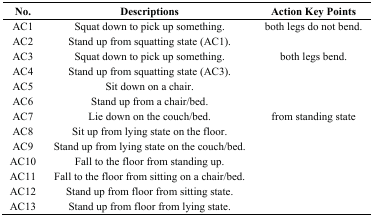
| No. | Descriptions | Action Key Points |
 | --- | --- | --- |
 | AC1 | Squat down to pick up something. | both legs do not bend. |
 | AC2 | Stand up from squatting state (AC1). |  |
 | AC3 | Squat down to pick up something. | both legs bend. |
 | AC4 | Stand up from squatting state (AC3). |  |
 | AC5 | Sit down on a chair. |  |
 | AC6 | Stand up from a chair/bed. |  |
 | AC7 | Lie down on the couch/bed. | from standing state |
 | AC8 | Sit up from lying state on the floor. |  |
 | AC9 | Stand up from lying state on the couch/bed. |  |
 | AC10 | Fall to the floor from standing up. |  |
 | AC11 | Fall to the floor from sitting on a chair/bed. |  |
 | AC12 | Stand up from floor from sitting state. |  |
 | AC13 | Stand up from floor from lying state. |  |